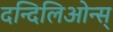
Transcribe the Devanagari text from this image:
दन्दिलिओन्स्